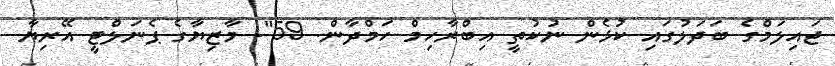
ޖައިލަމްގެ ބަދަލުގައި ކުޅެން ނުކުތީ އިބްރާހިމް ހަމްދާން. 59"- މާޒިޔާގެ ޕެނަލްޓީ އޭރިޔާ